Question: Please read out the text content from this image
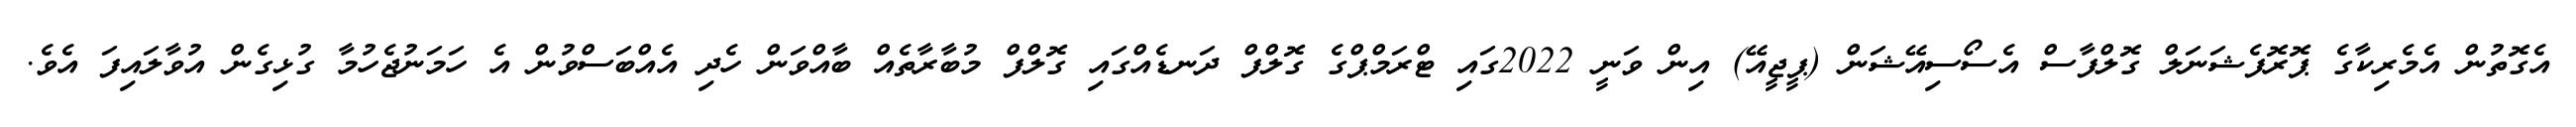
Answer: އެގޮތުން އެމެރިކާގެ ޕޮރޮފެޝަނަލް ގޮލްފާސް އެސޯސިއޭޝަން (ޕީޖީއޭ) އިން ވަނީ 2022ގައި ޓްރަމްޕްގެ ގޮލްފް ދަނޑެއްގައި ގޮލްފް މުބާރާތެއް ބާއްވަން ހެދި އެއްބަސްވުން އެ ހަމަނުޖެހުމާ ގުޅިގެން އުވާލައިފަ އެވެ.